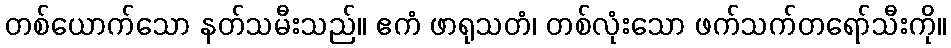
တစ်ယောက်သော နတ်သမီးသည်။ ဧကံ ဖာရုသတံ၊ တစ်လုံးသော ဖက်သက်တရော်သီးကို။